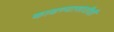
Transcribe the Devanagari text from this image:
काढण्यासाठीही